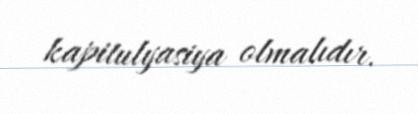
kapitulyasiya olmalıdır.